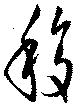
移